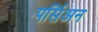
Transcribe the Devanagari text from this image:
पर्सिअन